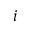
i